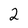
Character: 2